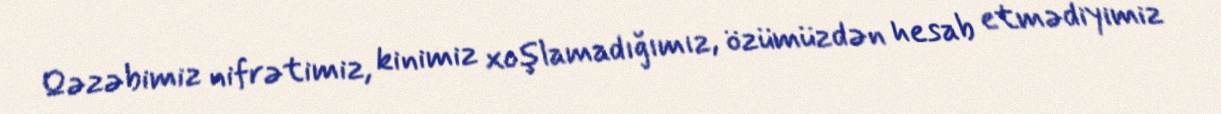
Qəzəbimiz nifrətimiz, kinimiz xoşlamadığımız, özümüzdən hesab etmədiyimiz